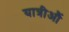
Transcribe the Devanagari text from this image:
यात्रीऔं